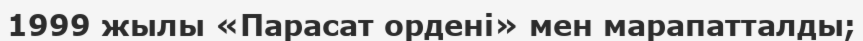
1999 жылы «Парасат ордені» мен марапатталды;